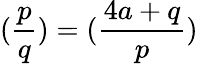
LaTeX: (\frac{p}{q})=(\frac{4a+q}{p})